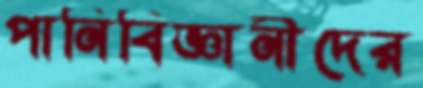
পানিবিজ্ঞানীদের